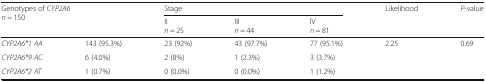
| <ROWSPAN=2-COLSPAN=2> Genotypes of CYP2A6n = 150 | <COLSPAN=3> Stage | <ROWSPAN=2> Likelihood | <ROWSPAN=2> P-value |
 | IIn = 25 | IIIn = 44 | IVn = 81 |
 | --- | --- | --- | --- | --- | --- | --- |
 | CYP2A6*1 AA | 143 (95.3%) | 23 (92%) | 43 (97.7%) | 77 (95.1%) | <ROWSPAN=3> 2.25 | <ROWSPAN=3> 0.69 |
 | CYP2A6*9 AC | 6 (4.0%) | 2 (8%) | 1 (2.3%) | 3 (3.7%) |
 | CYP2A6*2 AT | 1 (0.7%) | 0 (0.0%) | 0 (0.0%) | 1 (1.2%) |